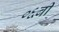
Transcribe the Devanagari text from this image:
०६बी